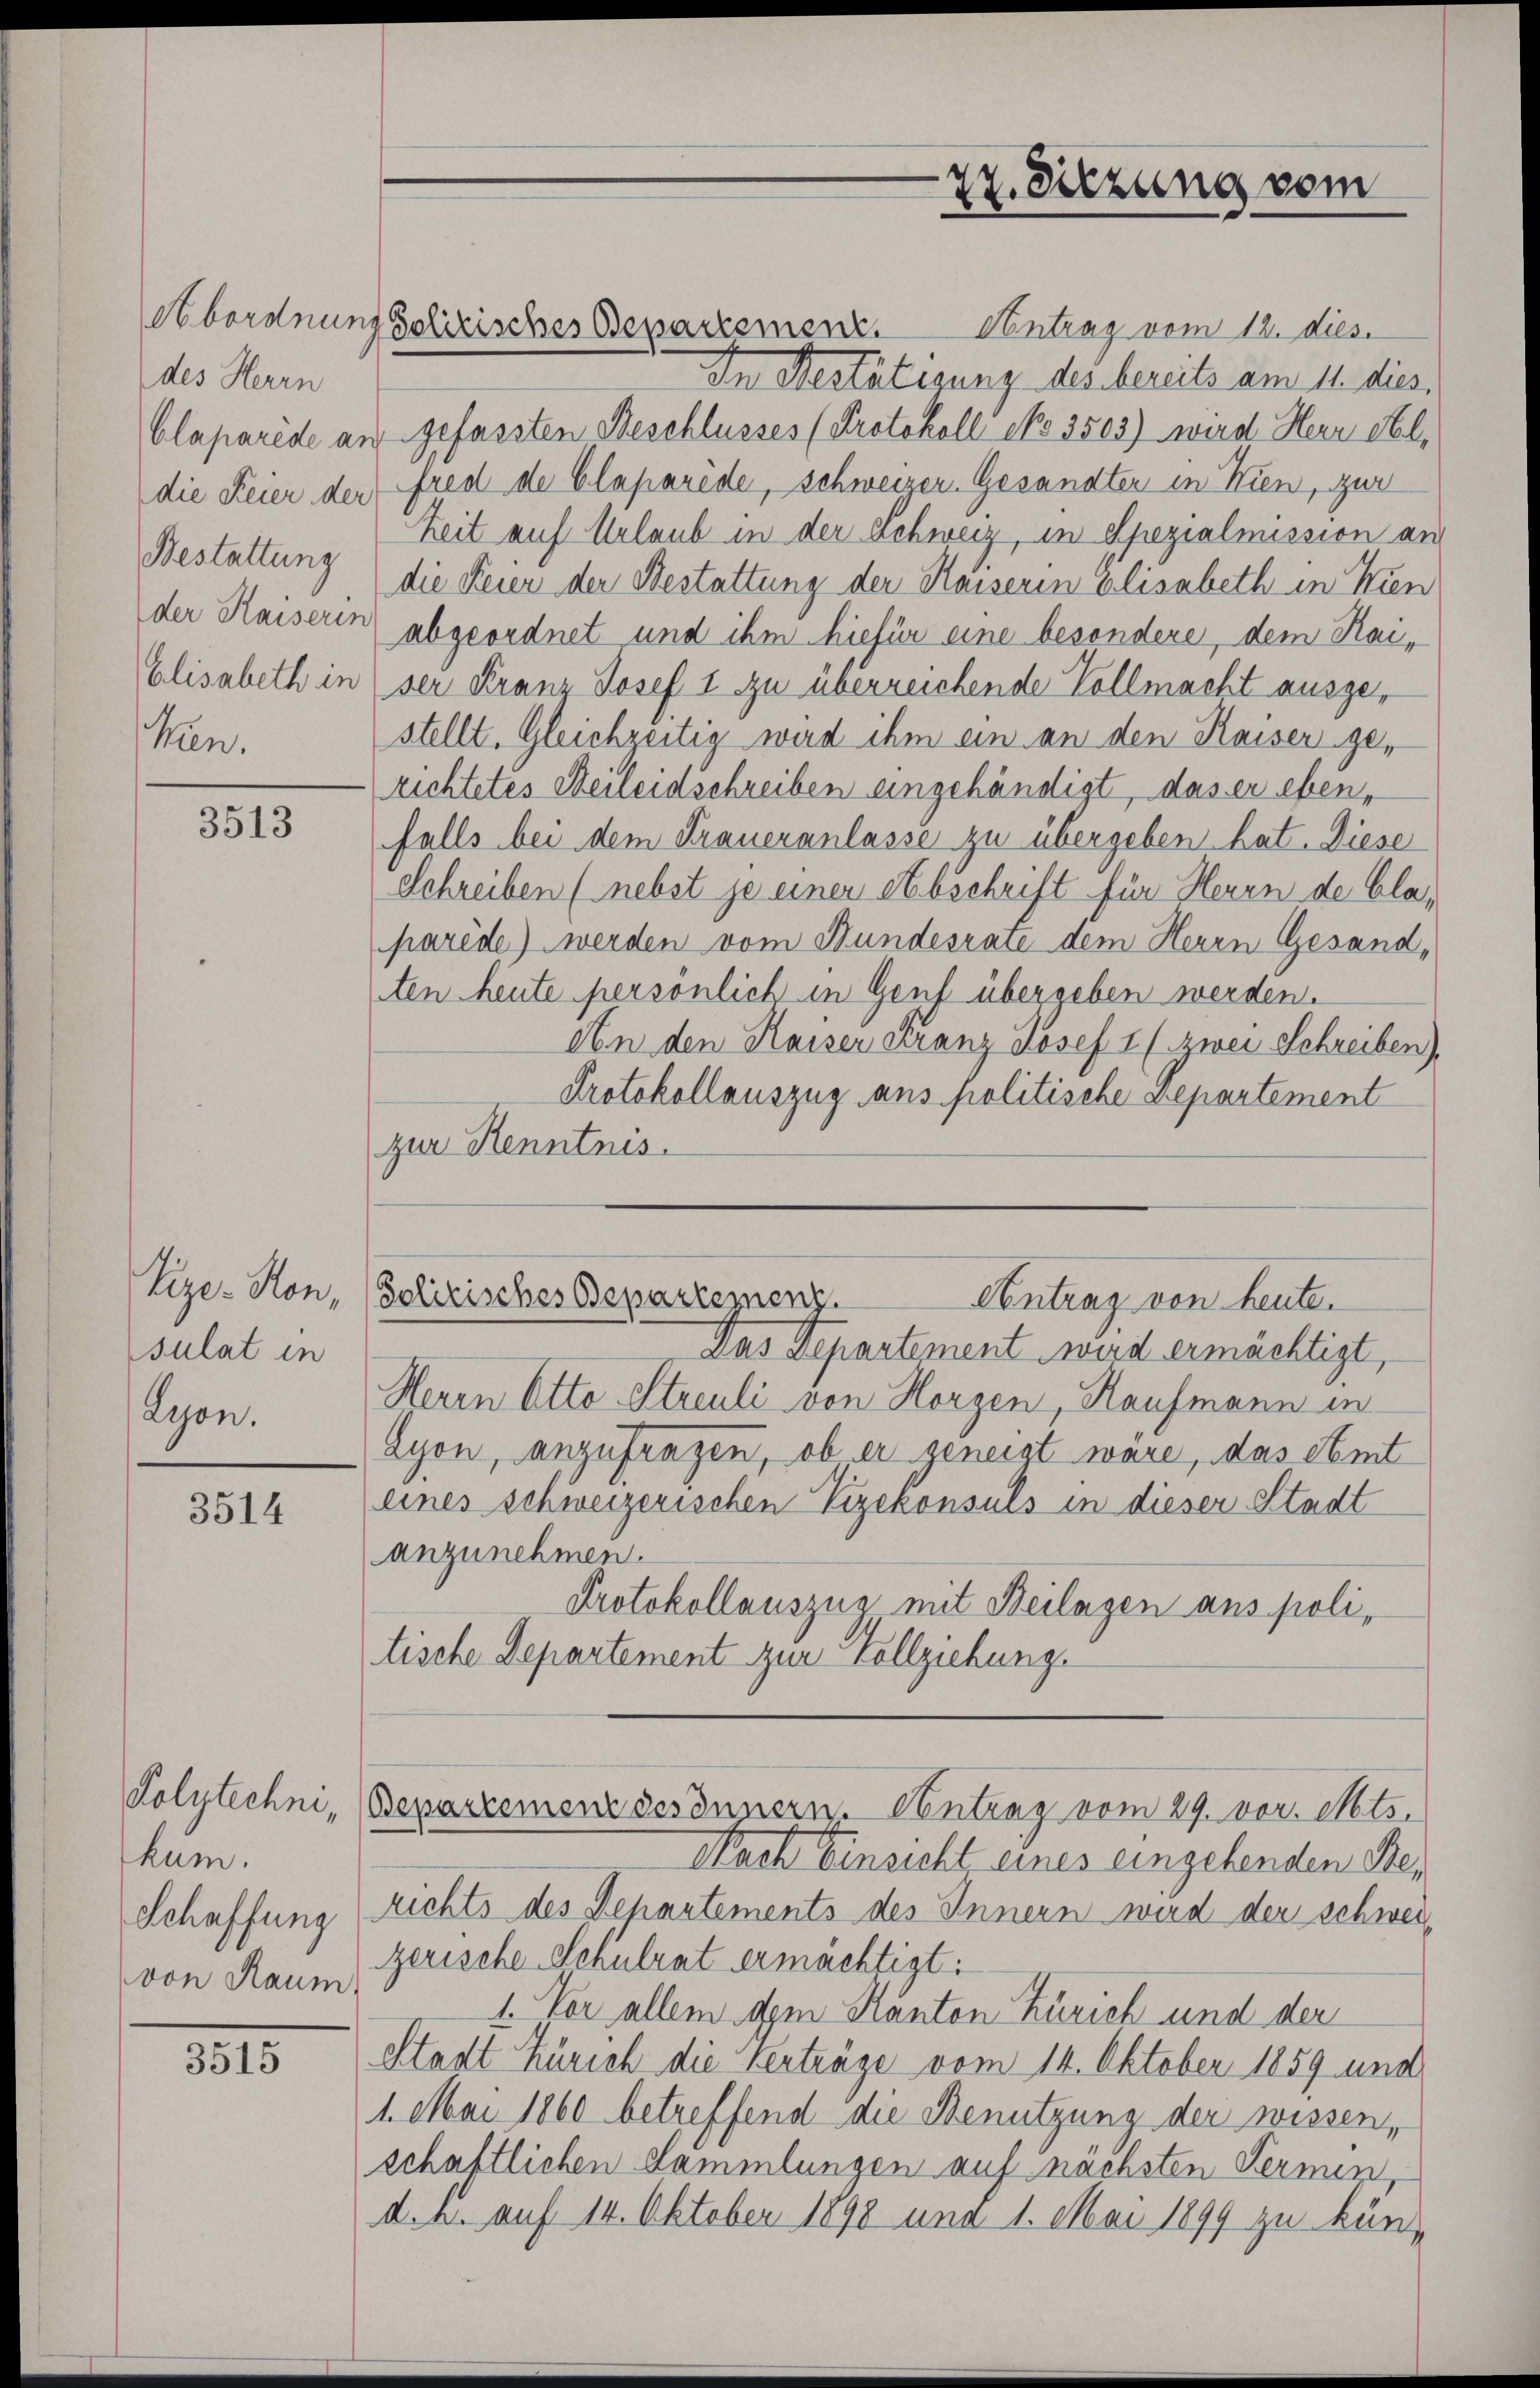
des Herrn
Bestattung
Elisabeth in
kan.

3513

Vize-Kon,
sulat in
Lyon.

3514

Kolytechnihum.
Schaffung
von Raum

3515

Abordnung Polizisches Departement.

27. Sitzung vom

Antrag vom 12. dies
In Bestätigung des bereits am 11. dies.
Claparede auf gefassten Beschlusses (Protokoll No 3503) wird Herr Steldie Feier der fred de Claparide, schweizer. Gesandter in Wien, zur
Zeit auf Urlaub in der Schweiz, in Spezialmission an
die Feier der Bestattung der Kaiserin Elisabeth in Wien
der Kaiserin abgeordnet und ihm hiefür eine besondere, dem Kaiser Franz Josef I zu überreichende Vollmacht ausgestellt. Gleichzeitig wird ihm ein an den Kaiser ge-
richtetes Heileidschreiben eingehändigt, das er eben,
falls bei dem Fraueranlasse zu übergeben hat. Diese
Schreiben (nebst je einer Abschrift für Herrn de Claparède) werden vom Bundesrate dem Herrn Gesandten heute persönlich in Genf übergeben werden.
An den Kaiser Franz Josef u zwei Schreiben,
Protokollauszug aus politische Departement
zur Kenntnis.
Solitisches Deparregnenz.
Antrag von heute.
Das Departement wird ermächtigt,
Herrn Otto Streuli von Horgen, Kaufmann in
Lyon, anzufragen, ob er geneigt wäre, das Amt
eines schweizerischen Vizekonsuls in dieser Stadt
anzunehmen.
Protokollauszug, mit Beilagen aus politische Departement zur Vollziehung.
Bepartemenz des Innern. Antrag vom 29. vor. Mts.
Nach Einsicht eines eingehenden Be¬
Richts des Departements des Innern wird der schweizerische Schulrat ermächtigt:
1. Vor allem dem Kanton Zürich und der
Stadt Zürich die Verträge vom 14. Oktober 1859 und
1. Mai 1860 betreffend die Benutzung der wissen,
schaftlichen Sammlungen auf nächsten Fermin,
d.a. auf 14. Oktober 1898 und 1. Mai 1899 zu kün¬